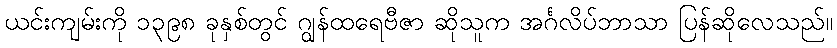
ယင်းကျမ်းကို ၁၃၉၈ ခုနှစ်တွင် ဂျွန်ထရေဗီဇာ ဆိုသူက အင်္ဂလိပ်ဘာသာ ပြန်ဆိုလေသည်။